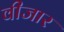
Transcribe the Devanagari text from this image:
वीजार